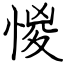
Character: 惾